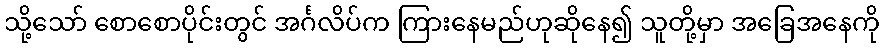
သို့သော် စောစောပိုင်းတွင် အင်္ဂလိပ်က ကြားနေမည်ဟုဆိုနေ၍ သူတို့မှာ အခြေအနေကို